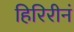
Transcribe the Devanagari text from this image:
हिरिरीनं